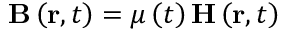
\mathbf { B } \left( \mathbf { r } , t \right) = \mu \left( t \right) \mathbf { H } \left( \mathbf { r } , t \right)